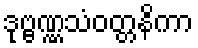
ဒုဗ္ဗဏ္ဏသံဝတ္တနိကာ